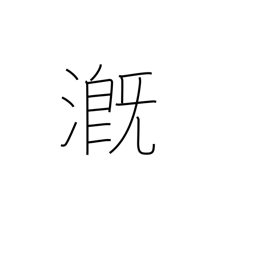
Meaning: pour